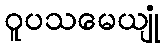
ဝူပသမေယျုံ